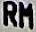
RM